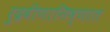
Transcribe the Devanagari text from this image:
रुद्रवीणानिष्णात